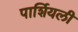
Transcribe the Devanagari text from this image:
पार्शियली